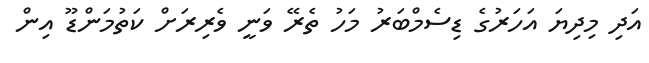
އަދި މިދިޔަ އަހަރުގެ ޑިސެމްބަރު މަހު ތެރޭ ވަނީ ވެރިރަށް ކަތުމަންޑޫ އިން